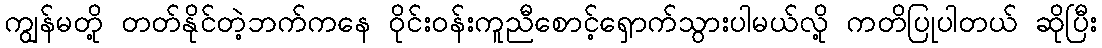
ကျွန်မတို့ တတ်နိုင်တဲ့ဘက်ကနေ ဝိုင်းဝန်းကူညီစောင့်ရှောက်သွားပါမယ်လို့ ကတိပြုပါတယ် ဆိုပြီး